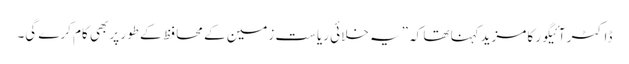
ڈاکٹر آئیگور کا مزیدکہنا تھا کہ ”یہ خلائی ریاست زمین کے محافظ کے طور پر بھی کام کرے گی۔